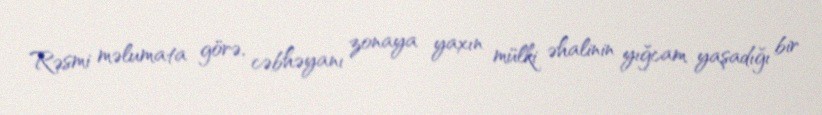
Rəsmi məlumata görə, cəbhəyanı zonaya yaxın mülki əhalinin yığcam yaşadığı bir